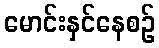
မောင်းနှင်နေစဉ်